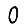
Digit: 0